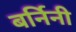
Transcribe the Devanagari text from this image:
बर्निनी